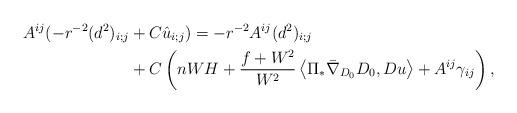
LaTeX: \begin{align*}A^{ij} (-r^{-2}(d^{2})_{i;j} & +C\hat{u}_{i;j} )= -r^{-2} A^{ij}(d^{2})_{i;j}\\& + C\left( nWH+\dfrac{f+W^{2}}{W^{2}}\left\langle \Pi_{\ast}\bar{\nabla}_{D_{0}}D_{0},Du \right\rangle +A^{ij}\gamma_{ij} \right) ,\end{align*}